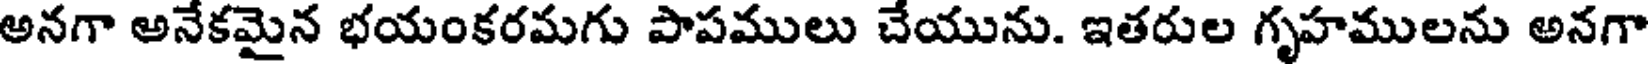
అనగా అనేకమైన భయంకరమగు పాపములు చేయును. ఇతరుల గృహములను అనగా